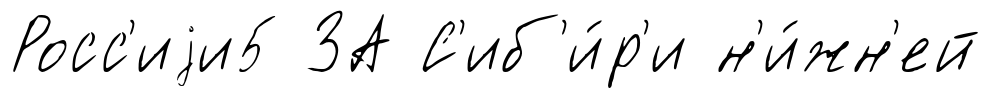
Росс'иjи5 ЗА С'иб'и́р'и н'и́жн'ей